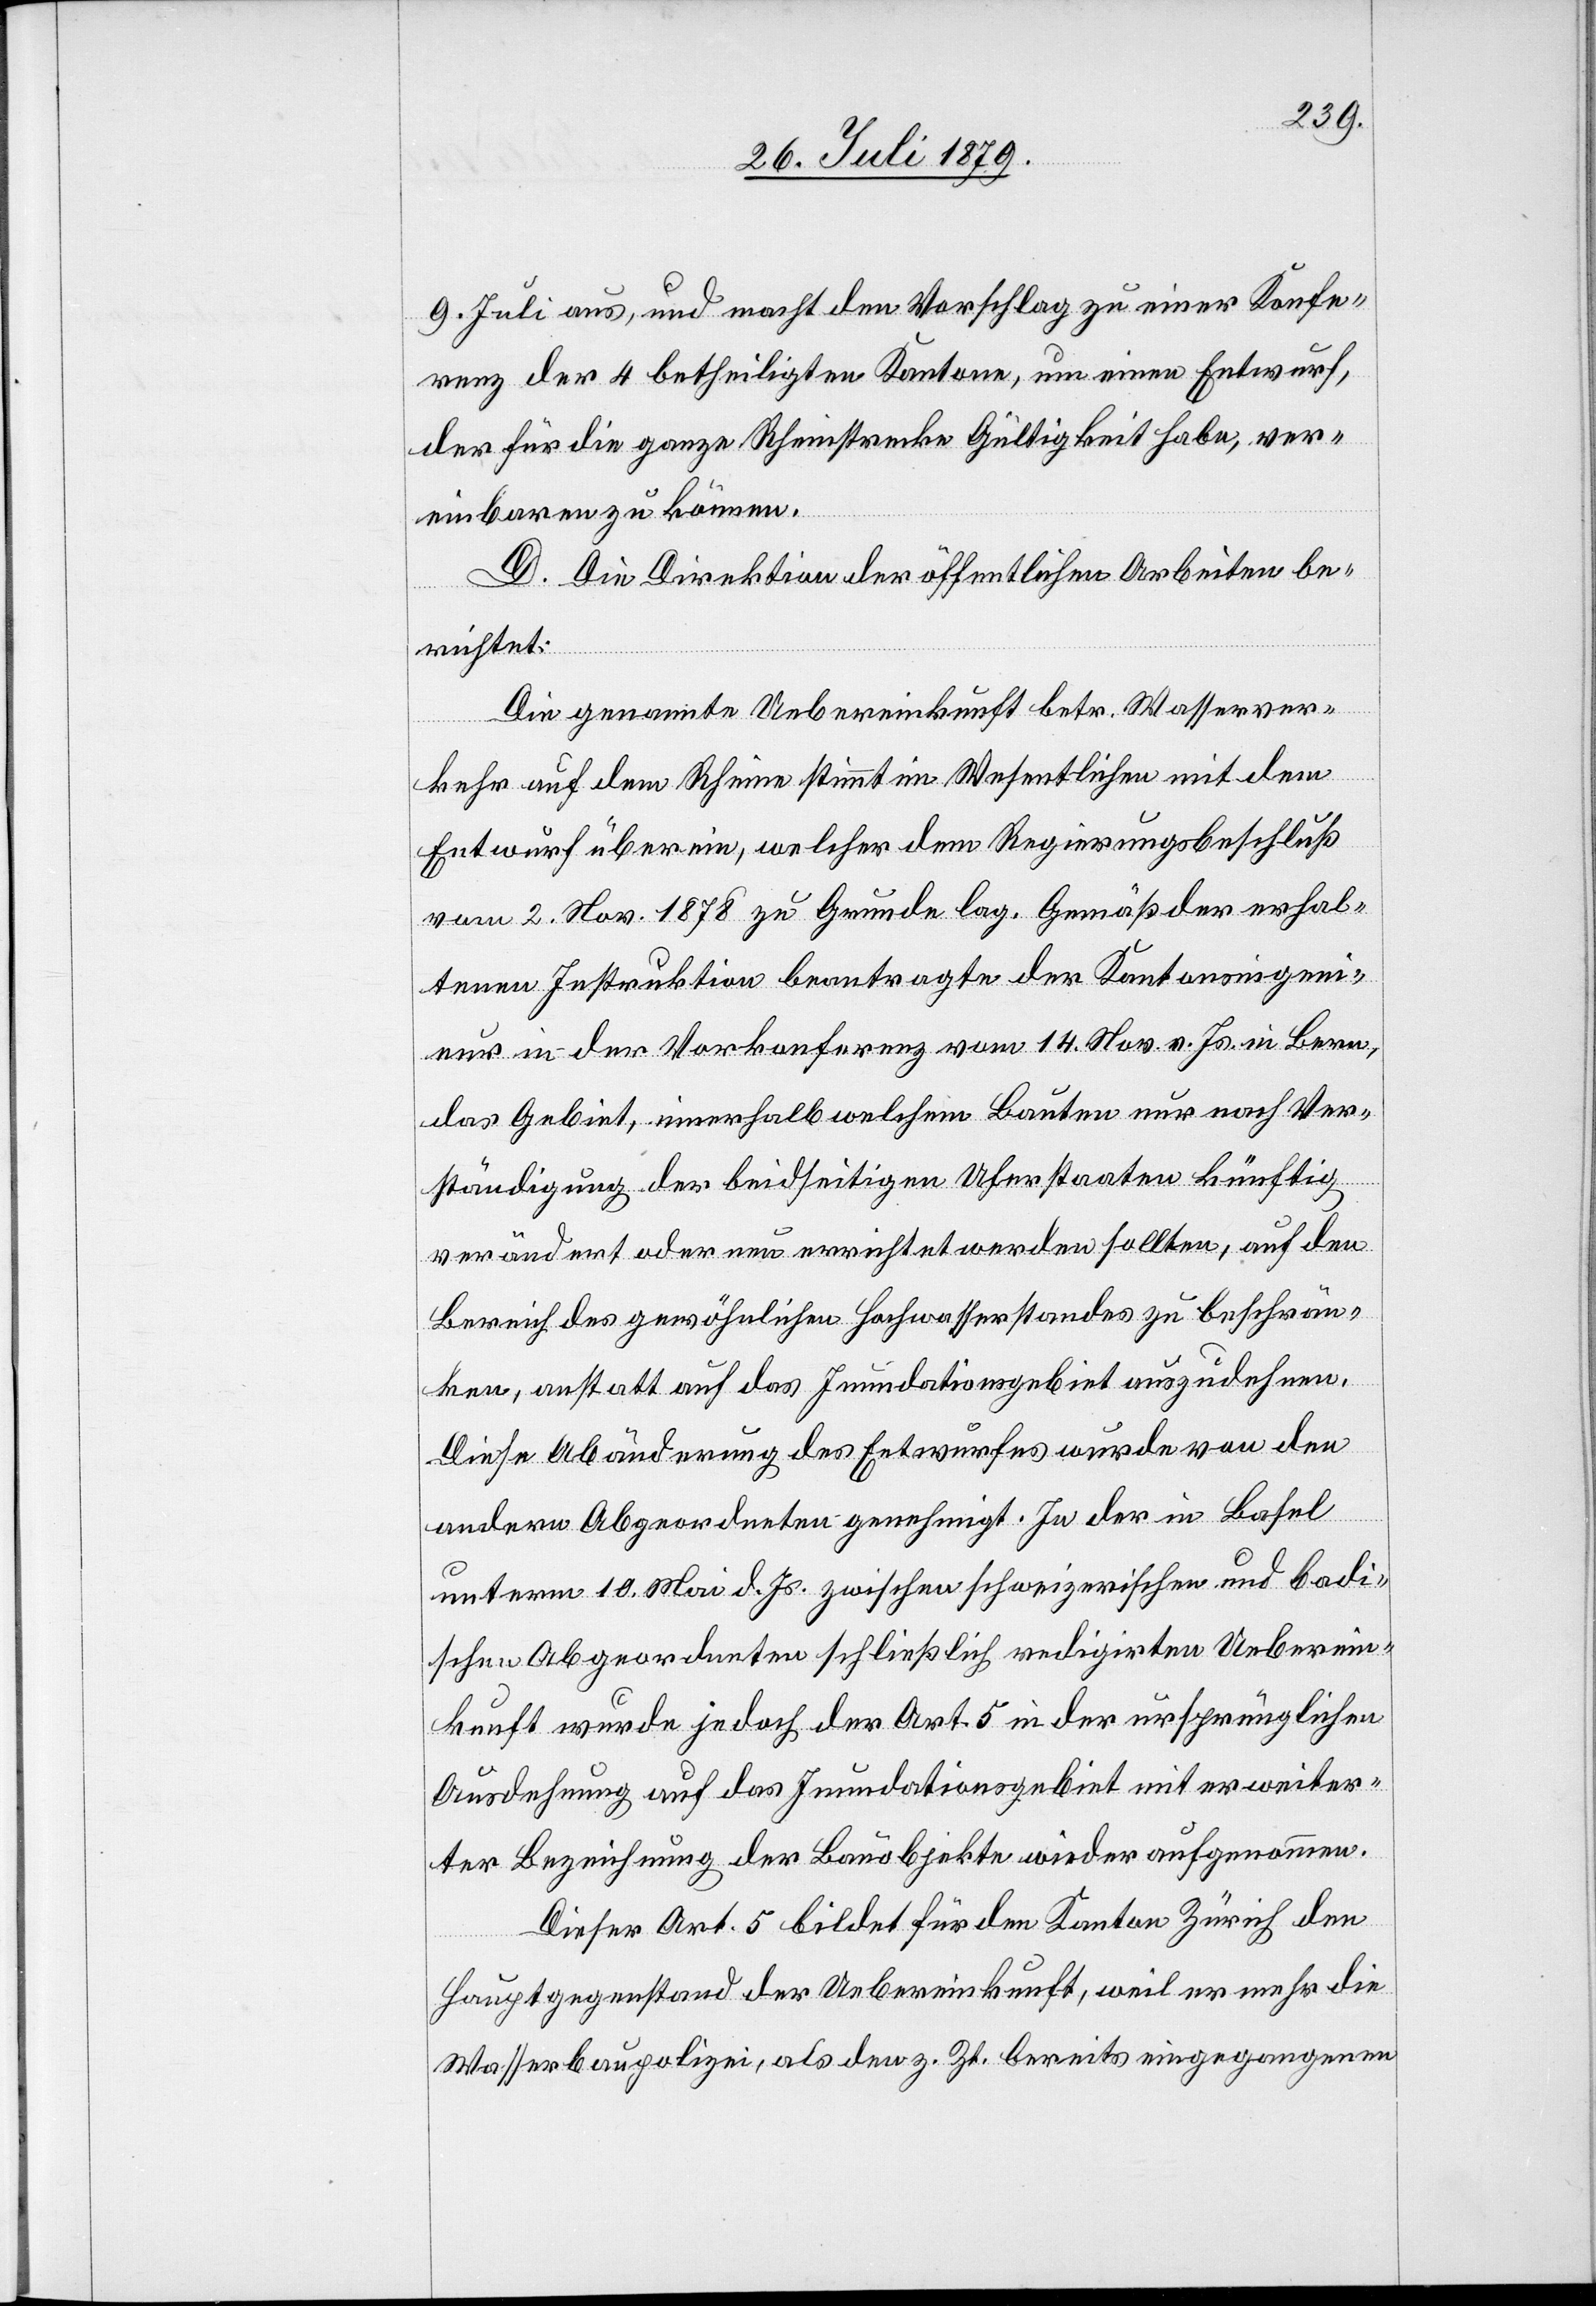
9. Juli aus, und macht den Vorschlag zu einer Konfe¬
renz der 4 betheiligten Kantone, um einen Entwurf,
der für die ganze Rheinstrecke Gültigkeit habe, ver¬
einbaren zu können.
D. Die Direktion der öffentlichen Arbeiten be¬
richtet:
Die genannte Uebereinkunft betr. Wasserver¬
kehr auf dem Rhein stimmt im Wesentlichen mit dem
Entwurf überein, welcher dem Regierungsbeschluß
vom 2. Nov. 1878 zu Grunde lag. Gemäß der erhal¬
tenen Instruktion beantragte der Kantonsingeni¬
eur in der Vorkonferenz vom 14. Nov. v. Js. in Bern,
das Gebiet innerhalb welchem Bauten nur nach Ver¬
ständigung der beidseitigen Uferstaaten künftig
verändert oder neu errichtet werden sollten, auf den
Bereich des gewöhnlichen Hochwasserstandes zu beschrän¬
ken, anstatt auf das Inundationsgebiet auszudehnen.
Diese Abänderung des Entwurfes wurde von den
andern Abgeordneten genehmigt. In der in Basel
unterm 10. Mai d. Js. zwischen schweizerischen und badi¬
schen Abgeordneten schließlich redigirten Ueberein¬
kunft wurde jedoch der Art. 5 in der ursprünglichen
Ausdehnung auf das Inundationsgebiet mit erweiter¬
ter Bezeichnung der Bauobjekte wieder aufgenommen.
Dieser Art. 5 bildet für den Kanton Zürich den
Hauptgegenstand der Uebereinkunft, weil er mehr die
Wasserbaupolizei, als den z. Zt. bereits eingegangenen